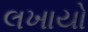
લખાયો